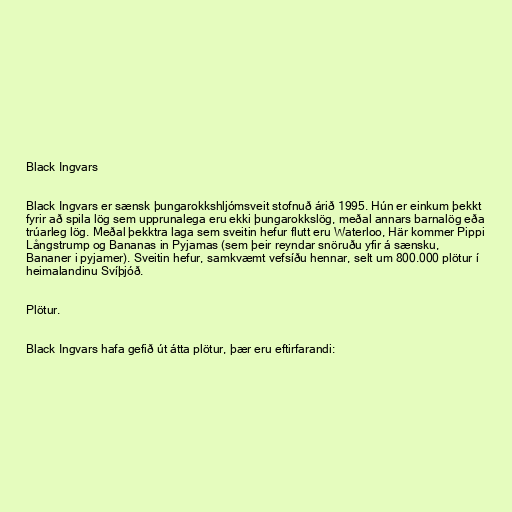
Black Ingvars

Black Ingvars er sænsk þungarokkshljómsveit stofnuð árið 1995. Hún er einkum þekkt
fyrir að spila lög sem upprunalega eru ekki þungarokkslög, meðal annars barnalög eða
trúarleg lög. Meðal þekktra laga sem sveitin hefur flutt eru Waterloo, Här kommer Pippi
Långstrump og Bananas in Pyjamas (sem þeir reyndar snöruðu yfir á sænsku,
Bananer i pyjamer). Sveitin hefur, samkvæmt vefsíðu hennar, selt um 800.000 plötur í
heimalandinu Svíþjóð.

Plötur.

Black Ingvars hafa gefið út átta plötur, þær eru eftirfarandi: